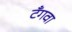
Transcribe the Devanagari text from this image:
टँगवा